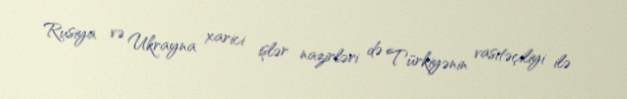
Rusiya və Ukrayna xarici işlər nazirləri də Türkiyənin vasitəçiliyi ilə